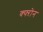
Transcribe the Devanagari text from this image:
क्फ्ऱोन